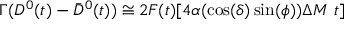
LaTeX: \Gamma ( D ^ { 0 } ( t ) - \bar { D } ^ { 0 } ( t ) ) \cong 2 F ( t ) [ 4 \alpha ( \cos ( \delta ) \sin ( \phi ) ) \Delta M ~ t ]